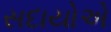
સદાયોએ